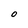
Character: O